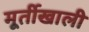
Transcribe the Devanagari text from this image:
मूर्तीखाली